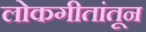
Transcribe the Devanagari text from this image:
लोकगीतांतून